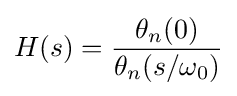
H(s)={\frac {\theta _{n}(0)}{\theta _{n}(s/\omega _{0})}}